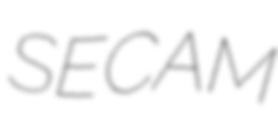
SECAM